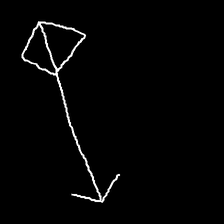
Glyph: focus